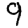
Digit: 9